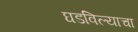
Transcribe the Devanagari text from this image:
घडविल्याचा